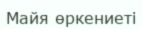
Майя өркениеті